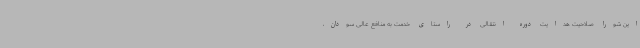
این شورا صلاحیت هدایت دوره انتقالی در راستای خدمت به منافع عالی سودان،